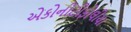
એકોનીટીફોલીયા